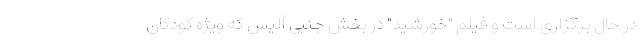
در حال برگزاری است و فیلم "خورشید" در بخش جنبی آلیس که ویژه کودکان